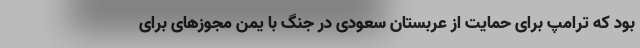
بود که ترامپ برای حمایت از عربستان سعودی در جنگ با یمن مجوزهای برای